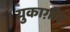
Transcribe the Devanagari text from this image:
युकाग़ीर